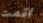
اقمت